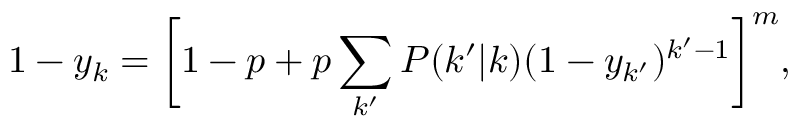
1 - y _ { k } = \bigg [ 1 - p + p \sum _ { k ^ { \prime } } P ( k ^ { \prime } | k ) ( 1 - y _ { k ^ { \prime } } ) ^ { k ^ { \prime } - 1 } \bigg ] ^ { m } ,